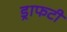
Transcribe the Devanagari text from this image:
ड्राफटी